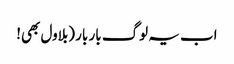
اب یہ لوگ بار بار (بلاول بھی!